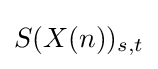
S(X(n))_{s,t}